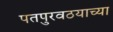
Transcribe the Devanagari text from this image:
पतपुरवठयाच्या